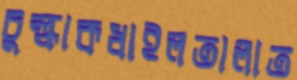
চুল্‌কাকধাইলতালাত